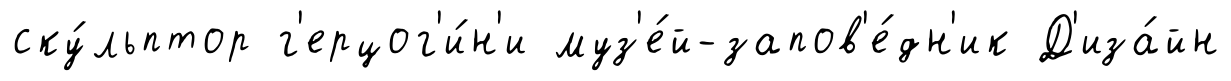
ску́льптор г'ерцог'и́н'и муз'е́й-запов'е́дн'ик Д'иза́йн